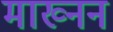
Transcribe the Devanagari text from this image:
माख्नन